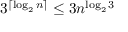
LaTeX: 3 ^ { \lceil \log _ { 2 } n \rceil } \leq 3 n ^ { \log _ { 2 } 3 } \,